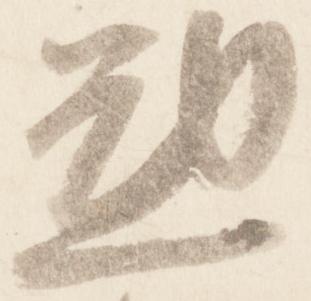
懃